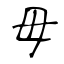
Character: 毋